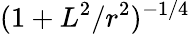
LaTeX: (1+L^{2}/r^{2})^{-1/4}